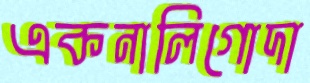
একনালিগোদা